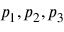
p _ { 1 } , p _ { 2 } , p _ { 3 }